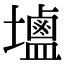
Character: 𮭭